Leaving Certificate Examination, 1904
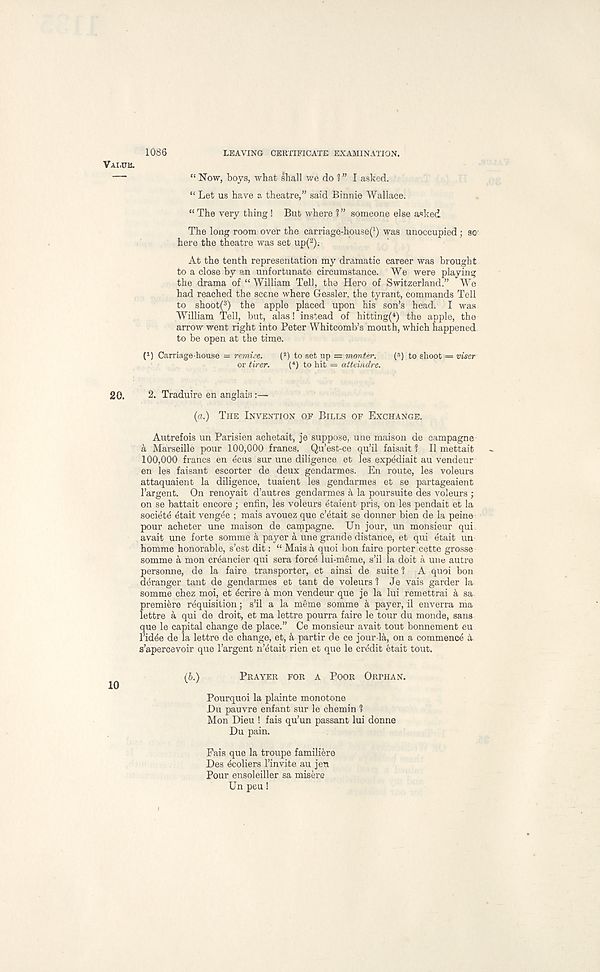
1086
LEAVING CERTIFICATE EXAMINATION.
VAI.UB.
—
“ Now, boys, what shall we do 1 ” I asked.
“ Let us have a theatre,” said Binnie Wallace.
“ The very thing ! But where 1 ” someone else asked
The long room over the carriage-house^) was unoccupied; so
here the theatre was set up( 2 ).
At the tenth representation my dramatic career was brought
to a close by an unfortunate circumstance. We were playing
the drama of “ William Tell, the Hero of Switzerland.” We
had reached the scene where Gessler. the tyrant, commands Tell
to shoot( 3 ) the apple placed upon his son’s head. I was
William Tell, but, alas! instead of hitting^) the apple, the
arrow went right into Peter Whitcomb’s mouth, which happened
to be open at the time.
I 1 ) Carriage house = remise.
( 2 ) to set up = monter.
( 3 ) to shoot = viser
or tirer.
(*) to hit = atteindre.
20.
2. Traduire en anglais :—
{a.) THE INVENTION OF BILLS OF EXCHANGE.
Autrefois un Parisien achetait, je suppose, une maison de campagne
a Marseille pour 100,000 francs. Qu’est-ce qu’il faisait ? II mettait
100,000 francs en ecus sur une diligence et les expediait au vendeur
en les faisant escorter de deux gendarmes. En route, les voleurs
attaquaient la diligence, tuaient les gendarmes et se partageaient
1’argent. On renoyait d’autres gendarmes a la pour suite des voleurs ;
on se battait encore ; enfin, les voleurs etaient pris, on les pendait et la
society etait vengee ; mais avouez que c’etait se donner bien de la peine
pour acheter une maison de campagne. Un jour, un monsieur qui
avait une forte somme k payer a une grande distance, et qui etait un
homme honorable, s’est dit: “ Mais a quoi bon faire porter cette grosse
somme a mon creancier qui sera forcd lui-meme, s’il la doit a une autre
personne, de la faire transporter, et ainsi de suite 1 A quoi bon
deranger tant de gendarmes et tant de voleurs 1 Je vais garder la
somme chez moi, et ecrire 4 mon vendeur que je la lui remettrai a sa
premiere requisition; s’il a la meme somme a payer, il enverra ma
lettre a qui de droit, et ma lettre pourra faire le tour du monde, sans
que le capital change de place.” Ce monsieur avait tout bonnement eu
1’id^e de la lettre de change, et, a partir de ce jour-la, on a commence a
s’apercevoir que 1’argent n’etait rien et que le credit etait tout.
ib.)
PRAYER FOR A POOR ORPHAN.
10
^ '
Pourquoi la plainte monotone
Du pauvre enfant sur le chemin 1
Mon Dieu ! fais qu’un passant lui donne
Du pain.
Fais que la troupe familiere
Des 6coliers 1’invite au jen
Pour ensoleiller sa misere
Un pen!